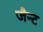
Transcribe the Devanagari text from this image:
जैन्ट